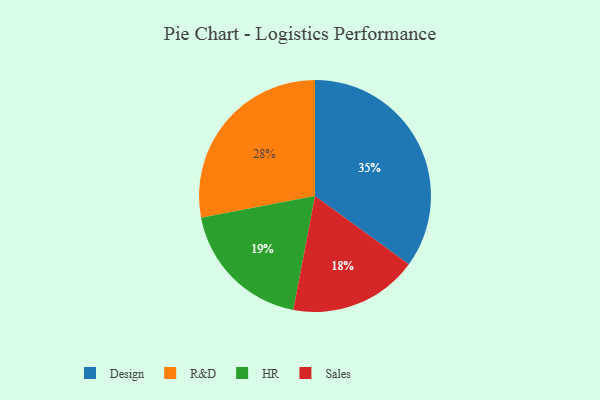
{"axis": {"x": "Category", "y": "Percentage"}, "legend": ["Design", "HR", "R&D", "Sales"], "data": [{"x": "Sales", "y": 18, "type": "Sales"}, {"x": "R&D", "y": 28, "type": "R&D"}, {"x": "Design", "y": 35, "type": "Design"}, {"x": "HR", "y": 19, "type": "HR"}]}